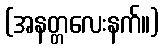
(အနတ္တလေးနက်။)